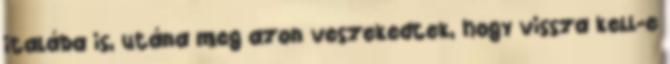
italába is, utána meg azon veszekedtek, hogy vissza kell-e